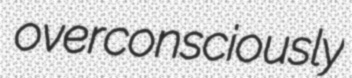
overconsciously